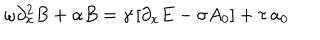
\omega \partial _ { x } ^ { 2 } B + \alpha B = \gamma \left[ \partial _ { x } E - \sigma A _ { 0 } \right] + \tau \, a _ { 0 }